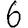
Digit: 6